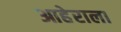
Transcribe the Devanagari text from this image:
आहेराला